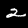
Label: 2